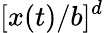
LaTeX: [x(t)/b]^{d}